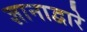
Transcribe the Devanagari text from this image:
ज्ञानाद्वारे